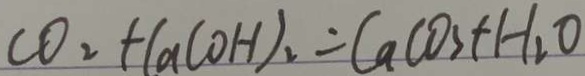
C O _ { 2 } + C a ( O H ) _ { 2 } = C a C O _ { 3 } + H _ { 2 } O